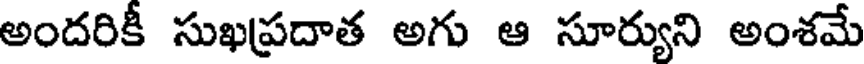
అందరికీ సుఖప్రదాత అగు ఆ సూర్యుని అంశమే